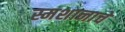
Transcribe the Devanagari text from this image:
स्मशानाचे